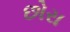
છોરા